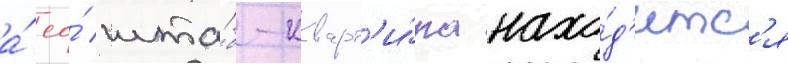
а́ ео́ шта́б-кварт'и́ра нахо́д'итс'я